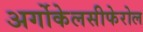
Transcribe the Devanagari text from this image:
अर्गोकेलसीफेरोल